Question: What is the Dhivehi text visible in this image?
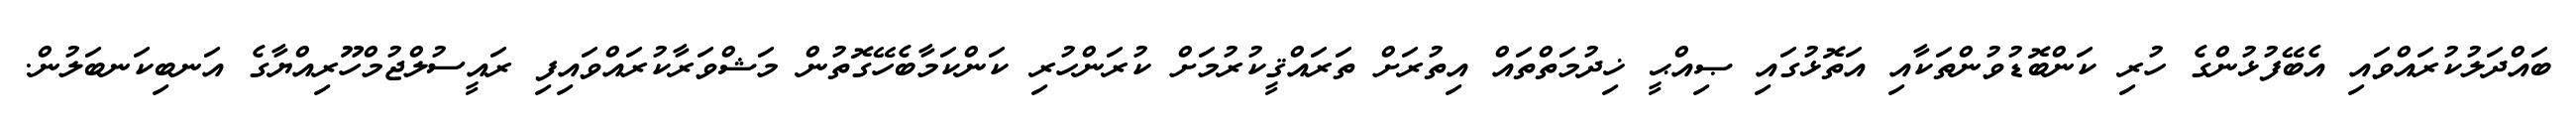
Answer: ބައްދަލުކުރައްވައި އެބޭފުޅުންގެ ހުރި ކަންބޮޑުވުންތަކާއި އަތޮޅުގައި ޞިއްޙީ ޚިދުމަތްތައް އިތުރަށް ތަރައްޤީކުރުމަށް ކުރަންހުރި ކަންކަމާބެހޭގޮތުން މަޝްވަރާކުރައްވައިފި ރައީސުލްޖުމްހޫރިއްޔާގެ އަނބިކަނބަލުން.